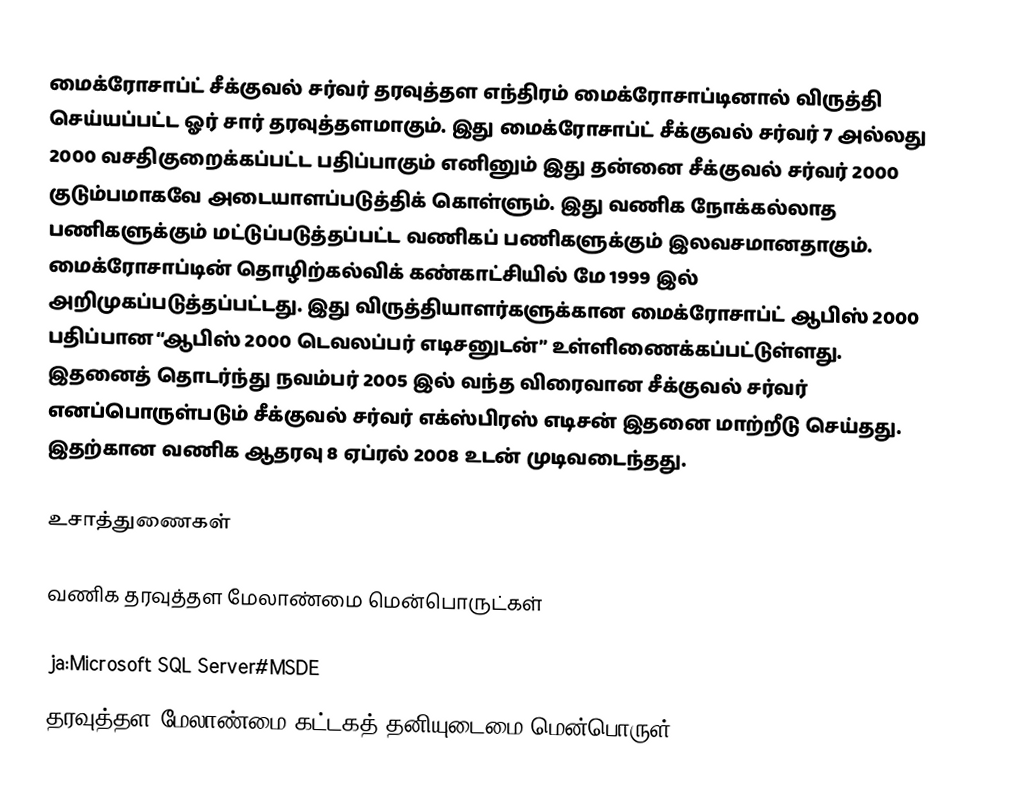
மைக்ரோசாப்ட் சீக்குவல் சர்வர் தரவுத்தள எந்திரம் மைக்ரோசாப்டினால் விருத்தி செய்யப்பட்ட ஓர் சார் தரவுத்தளமாகும். இது மைக்ரோசாப்ட் சீக்குவல் சர்வர் 7 அல்லது 2000 வசதிகுறைக்கப்பட்ட பதிப்பாகும் எனினும் இது தன்னை சீக்குவல் சர்வர் 2000 குடும்பமாகவே அடையாளப்படுத்திக் கொள்ளும். இது வணிக நோக்கல்லாத பணிகளுக்கும் மட்டுப்படுத்தப்பட்ட வணிகப் பணிகளுக்கும் இலவசமானதாகும். மைக்ரோசாப்டின் தொழிற்கல்விக் கண்காட்சியில் மே 1999 இல் அறிமுகப்படுத்தப்பட்டது.  இது விருத்தியாளர்களுக்கான மைக்ரோசாப்ட் ஆபிஸ் 2000 பதிப்பான “ஆபிஸ் 2000 டெவலப்பர் எடிசனுடன்” உள்ளிணைக்கப்பட்டுள்ளது. இதனைத் தொடர்ந்து நவம்பர் 2005 இல் வந்த விரைவான சீக்குவல் சர்வர் எனப்பொருள்படும் சீக்குவல் சர்வர் எக்ஸ்பிரஸ் எடிசன் இதனை மாற்றீடு செய்தது. இதற்கான வணிக ஆதரவு 8 ஏப்ரல் 2008 உடன் முடிவடைந்தது.

உசாத்துணைகள்

வணிக தரவுத்தள மேலாண்மை மென்பொருட்கள்

ja:Microsoft SQL Server#MSDE
தரவுத்தள மேலாண்மை கட்டகத் தனியுடைமை மென்பொருள்